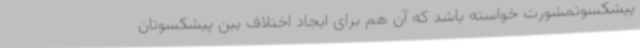
پیشکسوتمشورت خواسته باشد که آن هم برای ایجاد اختلاف بین پیشکسوتان